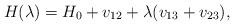
LaTeX: \begin{align*} H(\lambda) = H_0 + v_{12} + \lambda (v_{13} + v_{23}) ,\end{align*}